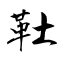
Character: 靯